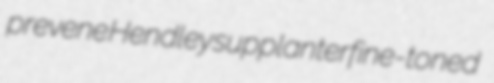
prevene Hendley supplanter fine-toned